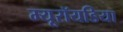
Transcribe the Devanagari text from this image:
म्यूरॉयडिया